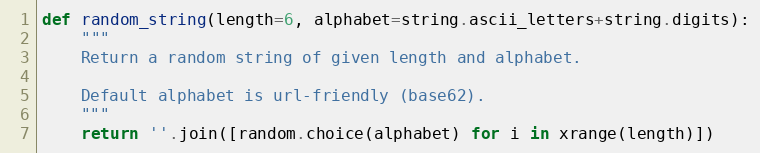
Language: Python
def random_string(length=6, alphabet=string.ascii_letters+string.digits):
    """
    Return a random string of given length and alphabet.

    Default alphabet is url-friendly (base62).
    """
    return ''.join([random.choice(alphabet) for i in xrange(length)])